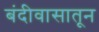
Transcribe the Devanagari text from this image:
बंदीवासातून